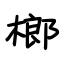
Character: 榔